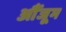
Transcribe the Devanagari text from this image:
औंजूम